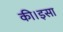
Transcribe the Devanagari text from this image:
की।इसा